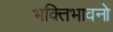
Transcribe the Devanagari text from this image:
भक्तिभावनो